Lunatic asylums in Bengal annual reports 1899-1911 - 1899-1911
Year: 1899
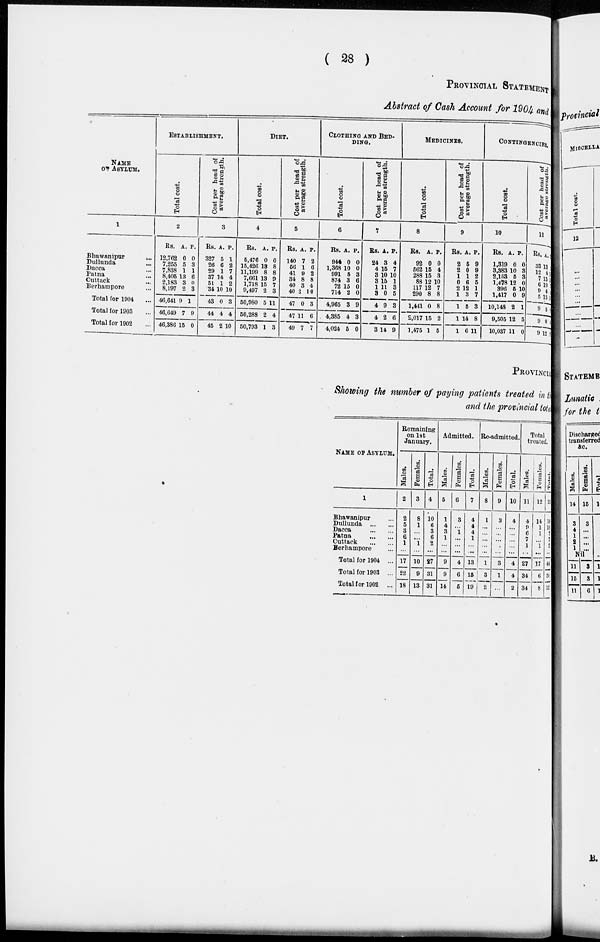
( 28 )
PROVINCIAL STATEMENT
Abstract of Cash Account for 1904 and
NAME
OF ASYLUM.
1
Bhawanipur
...
Dullunda ...
Dacca ...
Patna ...
Cuttack ...
Berhampore ...
Total for 1904 ...
Total for 1903 ...
Total for 1902 ...
ESTABLISHMENT.
Total cost.
2
Rs.
12,762
7,255
7,838
8,405
2,183
8,197
46,641
46,649
46,386
A.
0
5
1
13
3
2
9
7
15
P.
0
3
1
6
0
3
1
9
0
Cost per head of
average strength.
3
Rs.
327
26
29
37
51
34
43
44
45
A.
5
6
1
14
1
10
0
4
2
P.
1
2
7
4
2
10
3
4
10
DIET.
Total cost.
4
Rs.
5,476
15,426
11,199
7,661
1,718
9,497
50,980
50,288
50,793
A.
0
13
8
13
15
2
5
2
1
P.
0
8
8
9
7
3
11
4
3
Cost per head of
average strength.
5
Rs.
140
56
41
34
40
40
47
47
49
A.
7
1
9
8
3
2
0
11
7
P.
2
6
2
8
4
10
3
6
7
CLOTHING AND BED-
----.
Total cost.
6
Rs.
944
1,368
991
874
72
714
4,965
4,385
4,024
A.
0
10
5
3
15
2
3
4
5
P.
0
0
3
6
0
0
9
3
0
Cost per head of
average strength.
7
Rs.
24
4
3
3
1
3
4
4
3
A.
3
15
10
15
11
0
9
2
14
P.
4
7
10
1
3
5
3
6
9
MEDICINES.
Total cost.
8
Rs.
92
562
288
88
117
290
1,441
2,017
1,475
A.
0
15
15
12
12
8
0
15
1
P.
0
4
3
10
7
8
8
2
5
Cost per head of
average strength.
9
Rs.
2
2
1
0
2
1
1
1
1
A.
5
0
1
6
12
3
5
14
6
P.
9
9
2
5
1
7
3
8
11
CONTINGENCIES.
Total cost.
10
Rs.
1,319
3,383
2,163
1,478
396
1,417
10,148
9,505
10,037
A.
0
10
5
12
5
0
2
12
11
P.
0
3
3
0
10
9
1
5
0
Cost per head of
average strength.
11
Rs.
33
12
7
6
9
5
9
9
9
A.
13
4
15
10
4
15
5
0
12
PROVINCE
Showing the number of paying patients treated in the
and the provincial total
NAME OF ASYLUM.
1
Bhawanipur ...
Dullunda
...
...
Dacca
...
...
Patna
...
...
Cuttack
...
...
Berhampore ...
Total for 1904 ...
Total for 1903 ...
Total for 1902
...
Remaining
on 1st
January.
Males.
2
2
5
3
6
1
...
17
22
18
Females.
3
8
1
...
...
1
...
10
9
13
Total.
4
10
6
3
6
2
...
27
31
31
Admitted.
Males.
5
1
4
3
1
...
...
9
9
14
Females.
6
3
...
1
...
...
...
4
6
5
Total.
7
4
4
4
1
...
...
13
15
19
Re-admitted.
Males.
8
1
...
...
...
...
...
1
3
2
Females.
9
3
...
...
...
...
...
3
1
...
Total.
10
4
...
...
...
...
...
4
4
2
Total
treated.
Males.
11
4
9
6
7
1
...
27
34
34
Females.
12
14
1
1
...
1
...
17
6
8
Total.
13
18
10
7
7
2
...
44
30
42